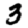
Digit: 3